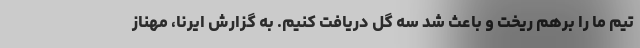
تیم ما را برهم ریخت و باعث شد سه گل دریافت کنیم. به گزارش ایرنا، مهناز